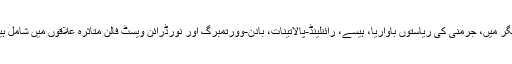
دیگر میں، جرمنی کی ریاستوں باواریا، ہیسے، رائنلینڈ-پالاتینات، بادن-وورتمبرگ اور نورڈرائن ویسٹ فالن متاثرہ علاقوں میں شامل ہیں۔